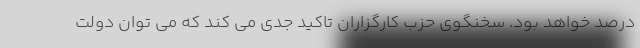
درصد خواهد بود. سخنگوی حزب کارگزاران تاکید جدی می کند که می توان دولت